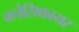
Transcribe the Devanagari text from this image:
क्लैसिफायर